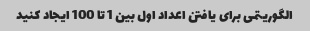
الگوریتمی برای یافتن اعداد اول بین 1 تا 100 ایجاد کنید